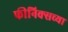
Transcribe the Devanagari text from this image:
फीनिक्सच्या